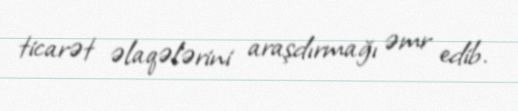
ticarət əlaqələrini araşdırmağı əmr edib.